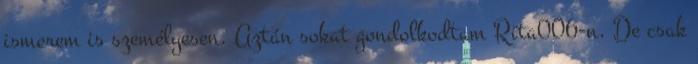
ismerem is személyesen. Aztán sokat gondolkodtam Rita006-n. De csak